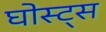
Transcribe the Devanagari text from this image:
घोस्ट्‌स